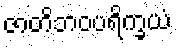
ဇာတိဘဝပရိက္ခယံ